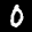
Label: 0